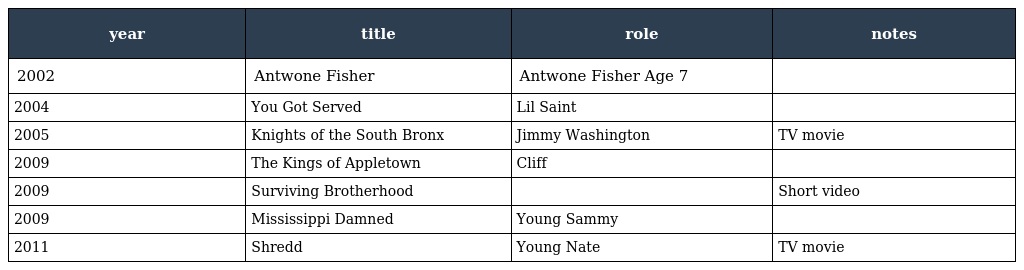
| year | title | role | notes |
 | --- | --- | --- | --- |
 | 2002 | Antwone Fisher | Antwone Fisher Age 7 |  |
 | 2004 | You Got Served | Lil Saint |  |
 | 2005 | Knights of the South Bronx | Jimmy Washington | TV movie |
 | 2009 | The Kings of Appletown | Cliff |  |
 | 2009 | Surviving Brotherhood |  | Short video |
 | 2009 | Mississippi Damned | Young Sammy |  |
 | 2011 | Shredd | Young Nate | TV movie |